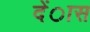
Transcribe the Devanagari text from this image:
देंास